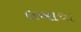
લબાચા